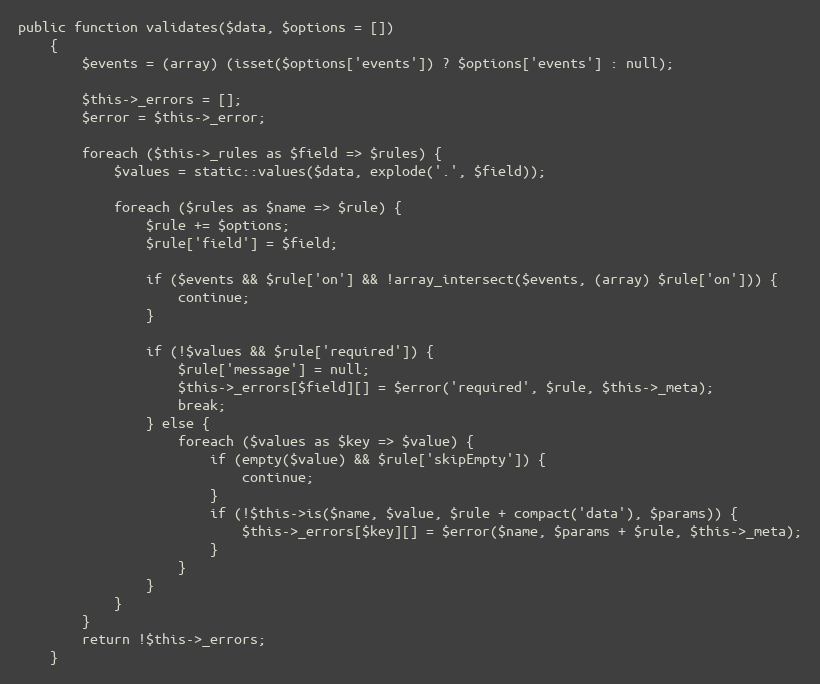
Language: PHP
public function validates($data, $options = [])
    {
        $events = (array) (isset($options['events']) ? $options['events'] : null);

        $this->_errors = [];
        $error = $this->_error;

        foreach ($this->_rules as $field => $rules) {
            $values = static::values($data, explode('.', $field));

            foreach ($rules as $name => $rule) {
                $rule += $options;
                $rule['field'] = $field;

                if ($events && $rule['on'] && !array_intersect($events, (array) $rule['on'])) {
                    continue;
                }

                if (!$values && $rule['required']) {
                    $rule['message'] = null;
                    $this->_errors[$field][] = $error('required', $rule, $this->_meta);
                    break;
                } else {
                    foreach ($values as $key => $value) {
                        if (empty($value) && $rule['skipEmpty']) {
                            continue;
                        }
                        if (!$this->is($name, $value, $rule + compact('data'), $params)) {
                            $this->_errors[$key][] = $error($name, $params + $rule, $this->_meta);
                        }
                    }
                }
            }
        }
        return !$this->_errors;
    }